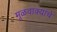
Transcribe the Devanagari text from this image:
मूळवाक्यांचे